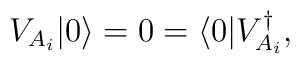
V_{A_i}\arrowvert 0 \rangle=0=\langle 0 \arrowvert V_{A_i}^\dagger,